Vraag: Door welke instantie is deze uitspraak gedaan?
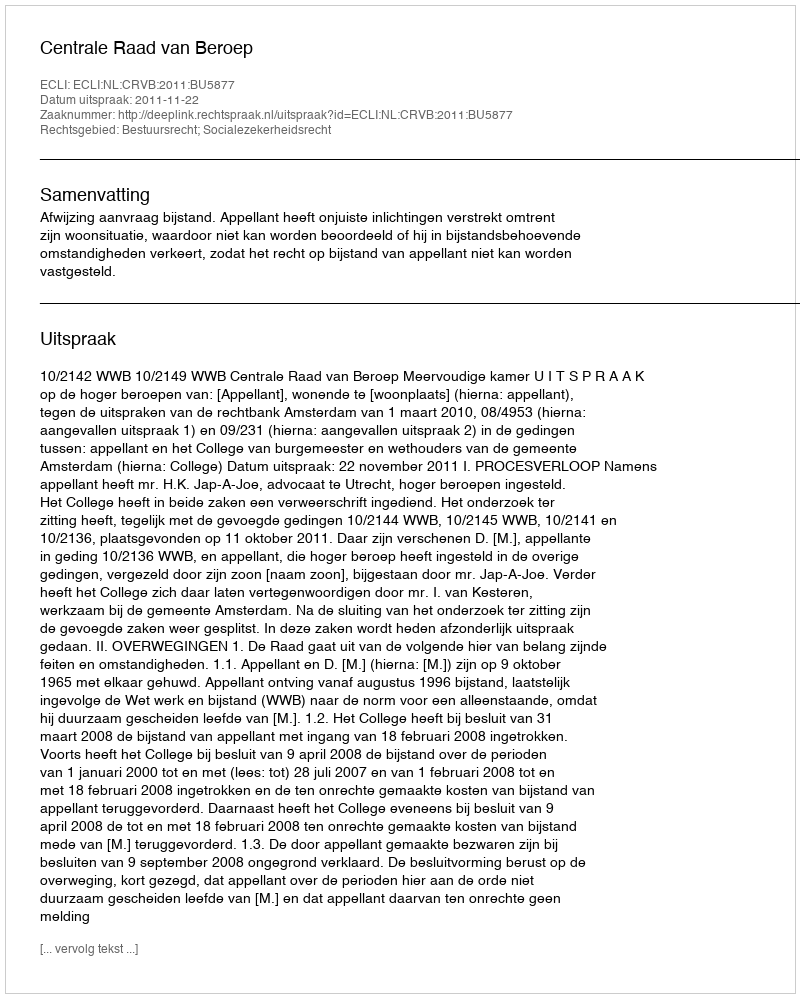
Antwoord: Centrale Raad van Beroep